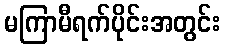
မကြာမီရက်ပိုင်းအတွင်း